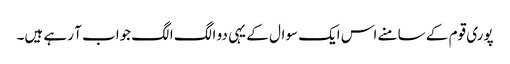
پوری قوم کے سامنے اس ایک سوال کے یہی دو الگ الگ جواب آ رہے ہیں۔